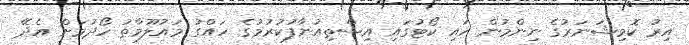
އިރު ކޮމިޝަނަރުގެ ނިންމުން ހައި ކޯޓުގައި އިސްތިއުނާފުކުރުމުގެ ހައްގު މައުލޫމާތު ހޯދުމަށް އެދޭ